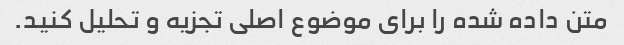
متن داده شده را برای موضوع اصلی تجزیه و تحلیل کنید.